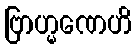
ဗြာဟ္မဏေဟိ